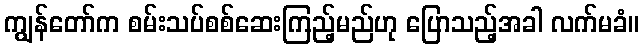
ကျွန်တော်က စမ်းသပ်စစ်ဆေးကြည့်မည်ဟု ပြောသည့်အခါ လက်မခံ။